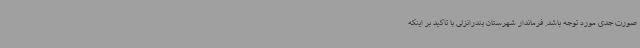
صورت جدی مورد توجه باشد. فرماندار شهرستان بندرانزلی با تاکید بر اینکه